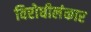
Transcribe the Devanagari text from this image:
विरोधीलंकार